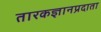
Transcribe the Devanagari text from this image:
तारकज्ञानप्रदाता